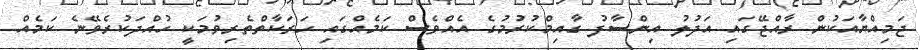
ޖަމިއްޔާއަކުން ރާއްޖޭގައި އަދުލު އިންސާފު ގާއިމްކުރުމުގެ އެއްވެސް ކަމެއްގައި ހަރަކާތްތެރިވުމަކީ ހުއްދަކުރެވޭނެ ކަމެއް